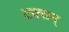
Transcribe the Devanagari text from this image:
टक्सन्